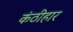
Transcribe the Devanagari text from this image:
कंठीहार